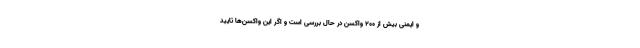
و ایمنی بیش از ۲۰۰ واکسن در حال بررسی است و اگر این واکسن‌ها تایید